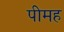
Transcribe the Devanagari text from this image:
पीमह